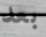
بعد